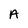
Character: A